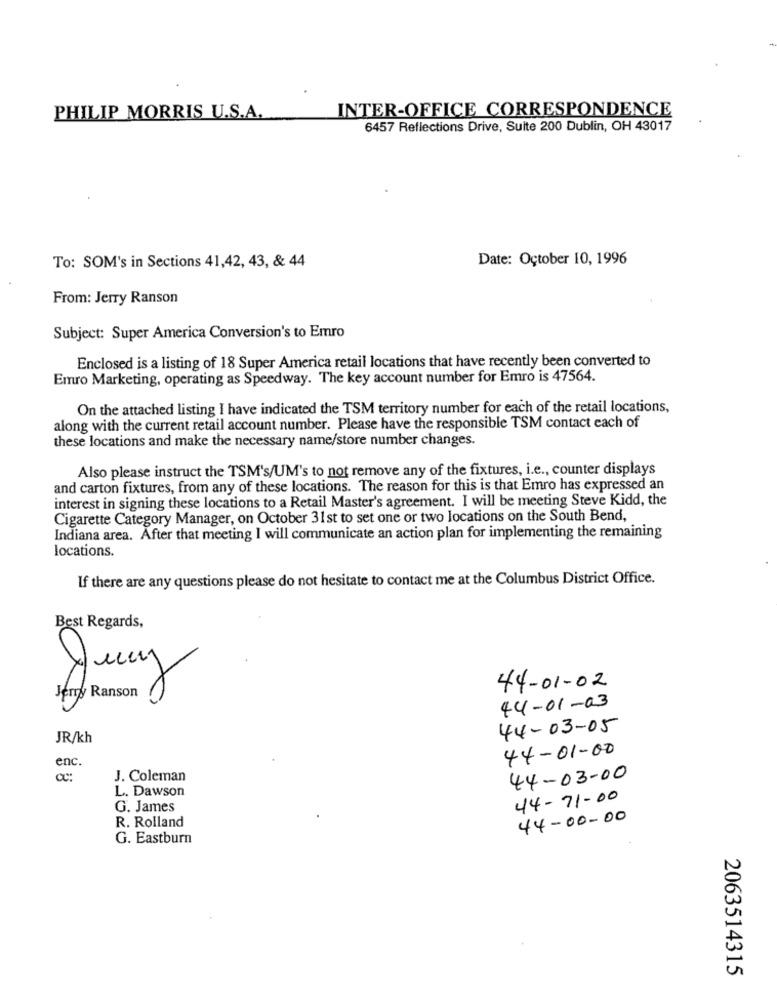
INTER-OFFICE CORRESPONDENCE
PHILIP MORRIS U.S.A.
6457 Reflections Drive, Suite 200 Dublin, OH 43017
Date: October 10, 1996
To: SOM's in Sections 41,42, 43, & 44
From: Jerry Ranson
Subject: Super America Conversion's to Emro
Enclosed is a listing of 18 Super America retail locations that have recently been converted to
Emro Marketing, operating as Speedway. The key account number for Emro is 47564.
On the attached listing I have indicated the TSM territory number for each of the retail locations,
along with the current retail account number. Please have the responsible TSM contact each of
these locations and make the necessary name/store number changes.
Also please instruct the TSM's/UM's to not remove any of the fixtures, i.e ., counter displays
and carton fixtures, from any of these locations. The reason for this is that Emro has expressed an
interest in signing these locations to a Retail Master's agreement. I will be meeting Steve Kidd, the
Cigarette Category Manager, on October 31st to set one or two locations on the South Bend,
Indiana area. After that meeting I will communicate an action plan for implementing the remaining
locations.
If there are any questions please do not hesitate to contact me at the Columbus District Office.
Best Regards,
44-01-02
Duay
44-01-03
44-03-05
JR/kh
44-01-00
enc.
J. Coleman
44-03-00
L. Dawson
44-71-00
G. James
R. Rolland
44-00-00
G. Eastburn
2063514315